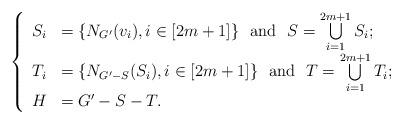
LaTeX: \begin{align*}\left\{\begin{array}{ll}S_i& =\{{N_{G'}(v_i), i \in [2m+1]} \}\mbox{ ~and~ } S=\bigcup\limits_{i=1}^{2m+1}S_i;\\T_i& =\{{N_{G'-S}(S_i), i \in [2m+1]} \}\mbox{ ~and~ } T=\bigcup\limits_{i=1}^{2m+1}T_i;\\H& =G'-S-T.\end{array}\right.\end{align*}